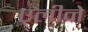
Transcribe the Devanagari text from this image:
एलीने